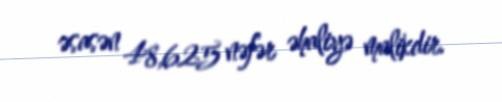
əsasən 48,625 nəfər əhaliyə malikdir.